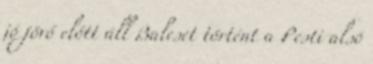
jó jövő előtt áll Baleset történt a Pesti alsó